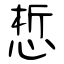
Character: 惁